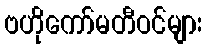
ဗဟိုကော်မတီဝင်များ